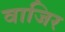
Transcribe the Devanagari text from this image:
वाजिर